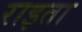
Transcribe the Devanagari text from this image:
राइता